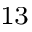
^ { 1 3 }